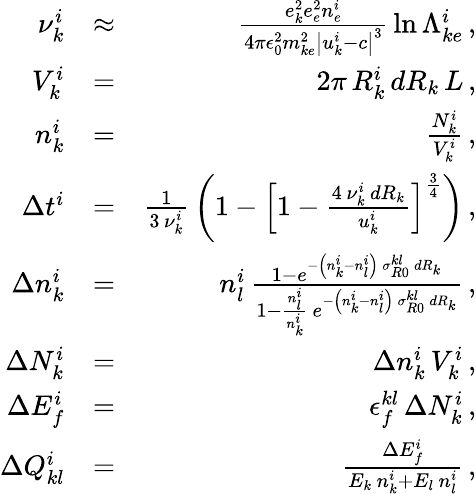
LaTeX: \begin{array}{rlr}{\nu_{k}^{i}}&{\approx}&{\frac{e_{k}^{2}e_{e}^{2}n_{e}^{i}}{4\pi\epsilon_{0}^{2}m_{ke}^{2}\left|u_{k}^{i}-c\right|^{3}}\, \ln\Lambda_{ke}^{i}\, ,}\\ {V_{k}^{i}}&{=}&{2\pi\, R_{k}^{i}\, dR_{k}\, L\, ,}\\ {n_{k}^{i}}&{=}&{\frac{N_{k}^{i}}{V_{k}^{i}}\, ,}\\ {\Delta t^{i}}&{=}&{\frac{1}{3\, \nu_{k}^{i}}\, \left(1-\left[1-\frac{4\, \nu_{k}^{i}\, dR_{k}}{u_{k}^{i}}\right]^{\frac{3}{4}}\right)\, ,}\\ {\Delta n_{k}^{i}}&{=}&{n_{l}^{i}\, \frac{1-e^{-\left(n_{k}^{i}-n_{l}^{i}\right)\, \sigma_{R0}^{kl}\, dR_{k}}}{1-\frac{n_{l}^{i}}{n_{k}^{i}}\, e^{-\left(n_{k}^{i}-n_{l}^{i}\right)\, \sigma_{R0}^{kl}\, dR_{k}}}\, ,}\\ {\Delta N_{k}^{i}}&{=}&{\Delta n_{k}^{i}\, V_{k}^{i}\, ,}\\ {\Delta E_{f}^{i}}&{=}&{\epsilon_{f}^{kl}\, \Delta N_{k}^{i}\, ,}\\ {\Delta Q_{kl}^{i}}&{=}&{\frac{\Delta E_{f}^{i}}{E_{k}\, n_{k}^{i}+E_{l}\, n_{l}^{i}}\, ,}\end{array}